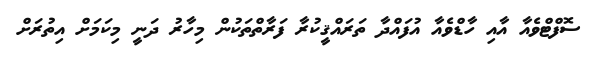
ސޮފްޓްވެއާ އާއި ހާޑްވެއާ އުފައްދާ ތަރައްޤީކުރާ ފަރާތްތަކުން މިހާރު ދަނީ މިކަމަށް އިތުރަށް